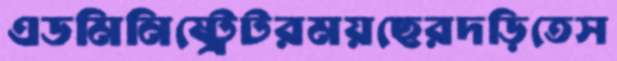
এডমিনিষ্ট্রেটরময়ছেরদড়িতেস